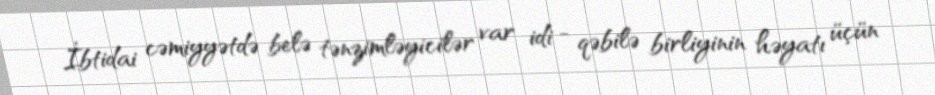
İbtidai cəmiyyətdə belə tənzimləyicilər var idi - qəbilə birliyinin həyatı üçün